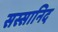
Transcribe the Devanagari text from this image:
सस्सानिद